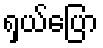
ရှယ်ပြော